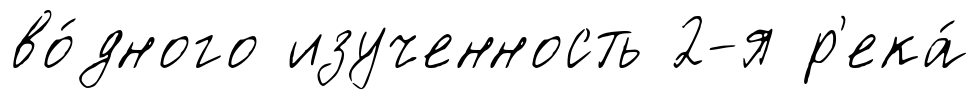
во́дного изученность 2-я р'ека́